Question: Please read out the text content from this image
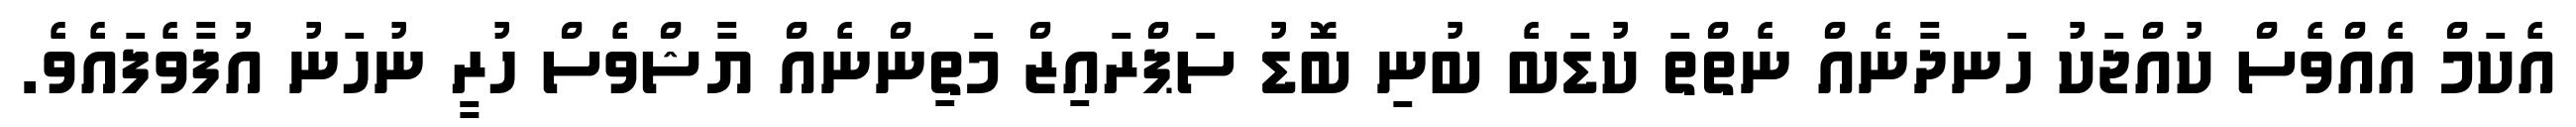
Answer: އެކަމް އެއްވެސް ކުއްޖަކު ހަނދާނެއް ނެތްތަ ކުޑަބެ ބުނި ބޮޑު ސަޕްރައިޒް މަތިންނެއް ޔާޝްވެސް ހުރީ ނުހަނު އުފާވެފައެވެ.